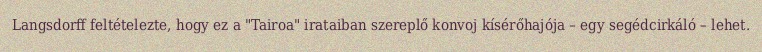
Langsdorff feltételezte, hogy ez a "Tairoa" irataiban szereplő konvoj kísérőhajója – egy segédcirkáló – lehet.